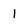
Character: l